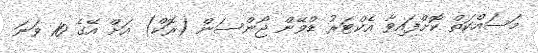
މަސައްކަތް ކޮށްފައިވާ އެކްޓަރު ޑްވޭން ޖޯންސަން (ރޮކް) އަށް އޭގެ 10 ވަނަ